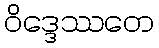
ဝိဒ္ဒေဿတေ